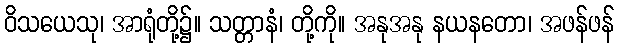
ဝိသယေသု၊ အာရုံတို့၌။ သတ္တာနံ၊ တို့ကို။ အနုအနု နယနတော၊ အဖန်ဖန်